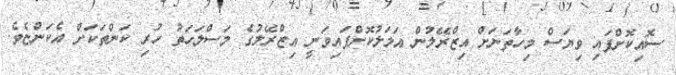
ސޮއިކޮށްފައި ވިޔަސް މިހާތަނަށް އިޒްރޭލުން އަމަލުކޮށްފައިވަނީ އިޒްރޭލުގެ މަސްލަހަތު ހުރި ކަންތަކަށް އެކަންޏެވެ.